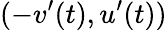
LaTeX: (-v^{\prime}(t),u^{\prime}(t))